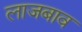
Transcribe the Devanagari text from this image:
लाजबाव